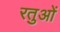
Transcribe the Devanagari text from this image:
रतुओं